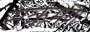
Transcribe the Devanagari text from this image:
सक्रंमण